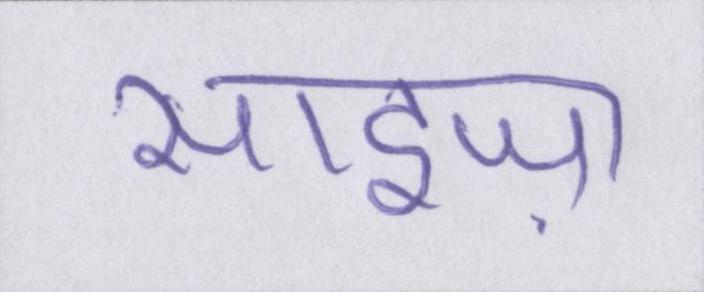
साइज़